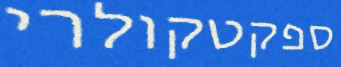
ספקטקולרי